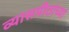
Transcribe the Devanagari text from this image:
व्यासपीठांच्या